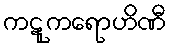
ကဋုကရောဟိဏီ